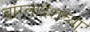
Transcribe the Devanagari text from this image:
बांग्लादेशच्या